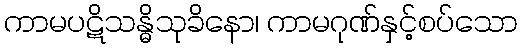
ကာမပဋိသန္ဓိသုခိနော၊ ကာမဂုဏ်နှင့်စပ်သော